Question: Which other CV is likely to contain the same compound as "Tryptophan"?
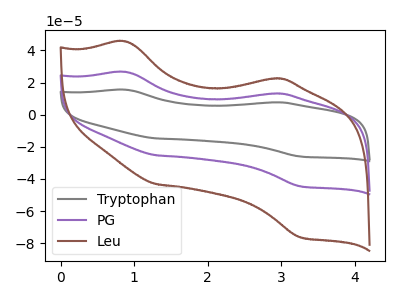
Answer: <think>The gray curve "Tryptophan" has anodic peaks at (0.90V, 53.30uA) (2.85V, 26.30uA) and cathodic peaks at (1.30V, -50.50uA) (3.25V, -89.10uA). The purple curve "PG" has anodic peaks at (0.90V, 26.65uA) (2.85V, 13.15uA) and cathodic peaks at (1.30V, -25.25uA) (3.25V, -44.55uA). The brown curve "Leu" has anodic peaks at (0.90V, 45.60uA) (2.85V, 22.55uA) and cathodic peaks at (1.30V, -43.25uA) (3.25V, -76.25uA).
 All the peaks in "Tryptophan" have a peak in "PG" at the same potential. Every peak in "Tryptophan" is higher than every peak in "PG". All the peaks in "Tryptophan" have a peak in "Leu" at the same potential. Every peak in "Tryptophan" is higher than every peak in "Leu". All the peaks in "PG" have a peak in "Leu" at the same potential. Every peak in "PG" is lower than every peak in "Leu".</think>
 <answer>"Tryptophan" and "PG" have a similar shape to "Leu".</answer>
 <eval>"Tryptophan" "PG"</eval>